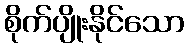
စိုက်ပျိုးနိုင်သော